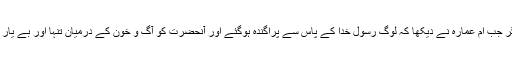
اگرچہ جہاد عورتوں کے لیے واجب نہ تھا مگر جب ام عمارہ نے دیکھا کہ لوگ رسول خدا کے پاس سے پراگندہ ہوگئے اور آنحضرت کو آگ و خون کے درمیان تنہا اور بے یار و مددگار چھوڑ دیا ان کی جان خطرہ میں ہے۔